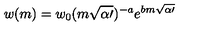
w ( m ) = w _ { 0 } ( m \sqrt { \alpha \prime } ) ^ { - a } e ^ { b m \sqrt { \alpha \prime } }